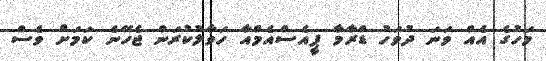
މަހުގެ އެއް ވަނަ ދުވަހު ޑްރާމާ ޕީއެސްއެމްއާ ހަވާލުކުރަން ޖެހޭނެ ކަމަށް ވެސް